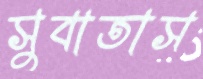
সুবাতাস